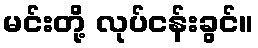
မင်းတို့ လုပ်ငန်းခွင်။